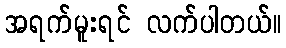
အရက်မူးရင် လက်ပါတယ်။